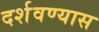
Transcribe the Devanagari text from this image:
दर्शवण्यास